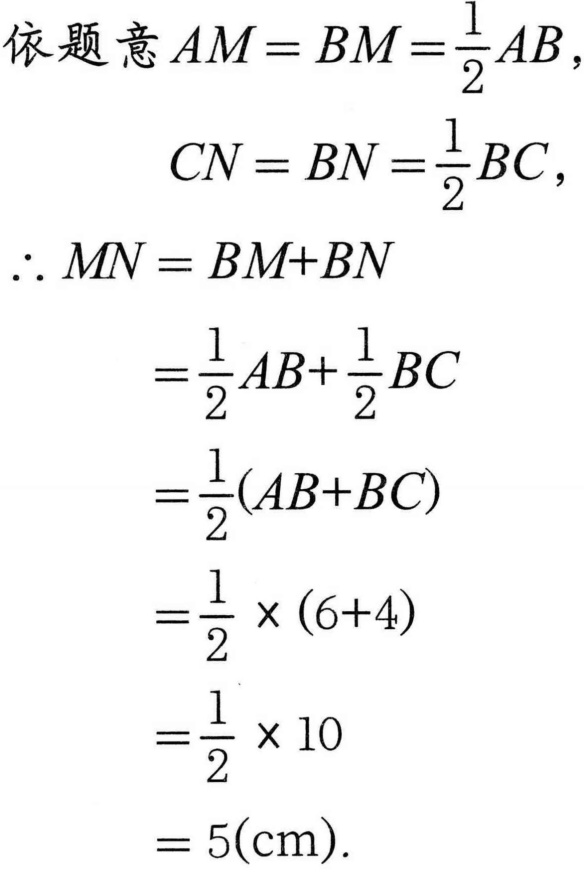
依题意\(AM = BM=\frac{1}{2}AB\)，
\(CN = BN=\frac{1}{2}BC\)，
\(\therefore MN = BM + BN\)
\(=\frac{1}{2}AB+\frac{1}{2}BC\)
\(=\frac{1}{2}(AB + BC)\)
\(=\frac{1}{2}\times(6 + 4)\)
\(=\frac{1}{2}\times10\)
\(= 5(\mathrm{cm})\).